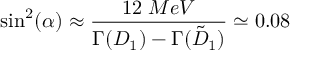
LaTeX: \sin ^ { 2 } ( \alpha ) \approx \frac { 1 2 \; M e V } { \Gamma ( D _ { 1 } ) - \Gamma ( { \tilde { D } } _ { 1 } ) } \simeq 0 . 0 8